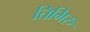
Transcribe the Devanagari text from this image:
तिमिरु